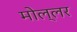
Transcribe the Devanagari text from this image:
मोल्लर